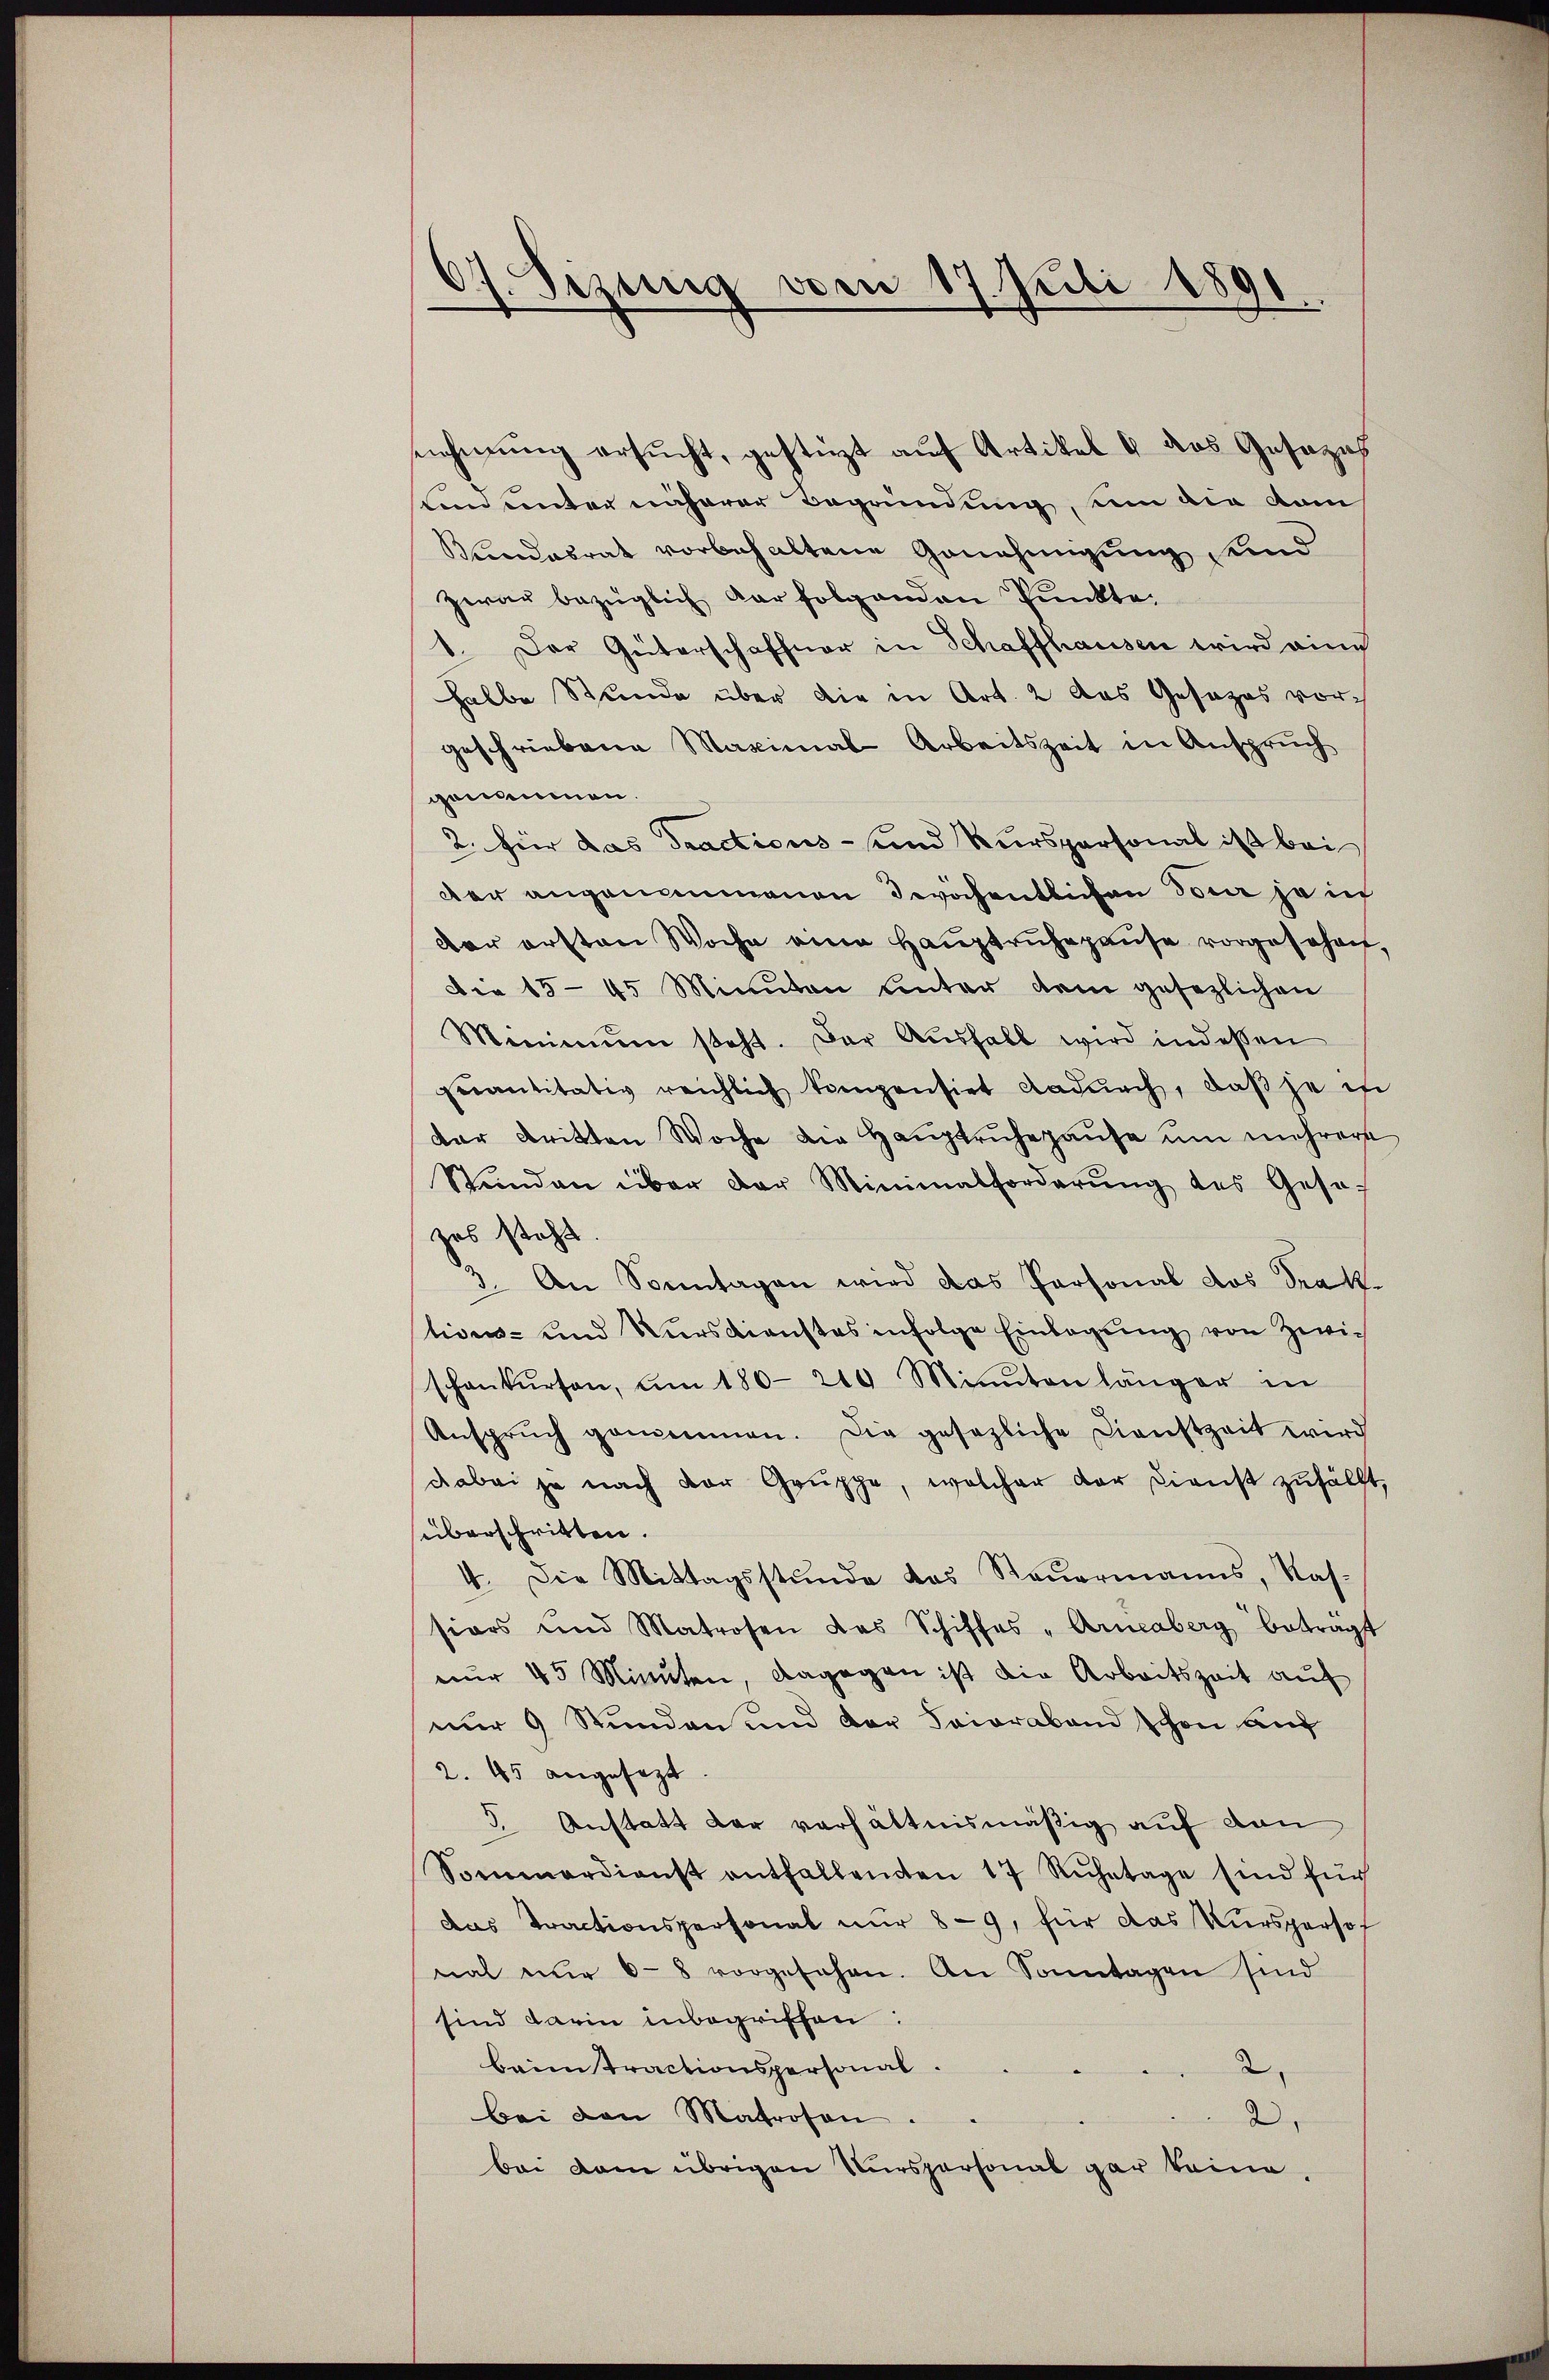
07. Sizung vom 17. Juli 1891

seichnung ersucht, gestüzt auf Artikel 6 des Gesezif
tan unter näherer Begründung, um die dam
Stundesrat vorbehaltene Genehmigung sind
zwar bezüglich dar folgenden Punkte.
1. Der Güterschaffner in Schaffhausen wird eine
halbe Stunde über die in Art. 2 das Gesezes vorgeschriebene Maximal-Arbeitszeit in Anspruch
genommen.
2. hier das Tractions- und Kurspersonal ist bei
der angenommenen wöchentlichen Tour ja in
dar ersten Woche eine Haŭptrŭhepause vorgesehen,
Die 15-45 Minuten unter dem gesezlichen
Menimŭm steht. Der Aŭsfall wird indessen
quantitativ reichlich kompensiet dadŭrch, daβ je in
dar dritten Woche die Haŭptrŭhepause ŭm mehrere
Stŭnden über der Minimalforderŭng des Gese
zes steht
3. An Sonntagen wird das Personal das Traktions- und Wursdienstes infolge Einlegung von Zwischankŭrsen, um 180-210 Minuten länger in
Anspruch genommen. Die gesezliche Dienstzeit wird
dabei je nach der Gruppe, welcher der Dienst zufällt,
überschritten.
4. Die Mittagsstunde das Steŭermanns, Nas-
siors und Matrosen das Schiffes - Arneaberg beträgt
nŭr 45 Minuten, dagegen ist die Arbeitszeit auf
nur 9 Stunden und der Trioraband schon auf
2. 45 angesezt.
5. Anstatt der verhältnismäßig auf dan
Sommerdienst entfallenden 17 Rŭhetage sind für
das Tractionspersonal nur 8-9, für das Kŭrsparsof
nat nŭr 6-8 vorgesehen. An Sonntagen sind
sind darin inbegriffen:
baim tractionspersonal.
2.
Bei den Matrosen
2.
bei dem übrigen Kurspersonal gar keine,